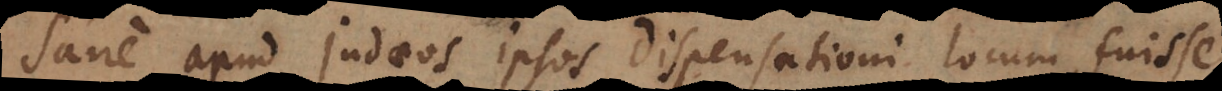
Sane apud Judaeos ipsos dispensationi locum fuisse